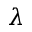
\lambda